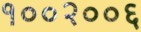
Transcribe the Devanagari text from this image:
१००२००६